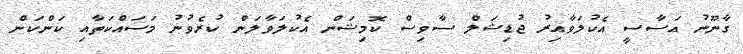
ގާނޫނު އަސާސީ އެކުލަވާއިރު ޖުޑިޝަލް ސާވިސް ކޮމިޝަން އެކުލަވާލަން ކުރެވުނު މަސައްކަތާއި ކަންކަން